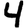
Digit: 4